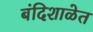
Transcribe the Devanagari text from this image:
बंदिशाळेत